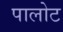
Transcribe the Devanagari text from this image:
पालोट